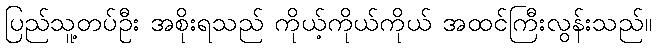
ပြည်သူ့တပ်ဦး အစိုးရသည် ကိုယ့်ကိုယ်ကိုယ် အထင်ကြီးလွန်းသည်။